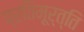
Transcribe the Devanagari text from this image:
प्रतिमूर्त्ति